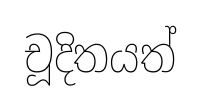
චූදිතයත්